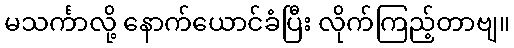
မသင်္ကာလို့ နောက်ယောင်ခံပြီး လိုက်ကြည့်တာဗျ။